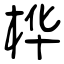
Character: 桦